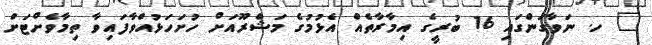
_ ހ. ނަވާގަންގައި 16 ބުރީގެ އިމާރާތެއް އެޅުމުގެ މަޝްރޫއަށް ހުށަހަޅުއްވާފައިވާ ތިމާވެށްޓަށް